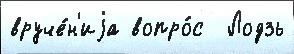
вруче́н'иjа вопро́с  Лодзь